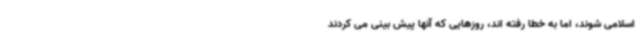
اسلامی شوند، اما به خطا رفته اند، روزهایی که آنها پیش بینی می کردند